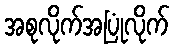
အစုလိုက်အပြုံလိုက်